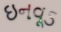
ઇનવૂડ